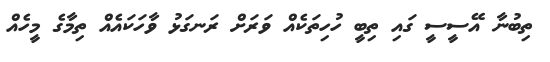
ތިބުނާ އޭސީސީ ގައި ތިބީ ހުހިތަކެއް ވަރަށް ރަނގަޅު ވާހަކައެއް ތިމާގެ މީހެއް